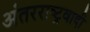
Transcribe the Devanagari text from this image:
अंतरराष्ट्रवादी